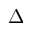
\Delta